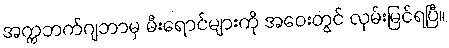
အက္ကဘက်ဂျဘာမှ မီးရောင်များကို အဝေးတွင် လှမ်းမြင်ရပြီ။